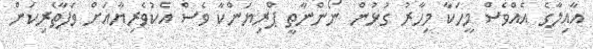
އާއިލާގެ އެއްވެސް މީހަކާ މިހާރު ގުޅުން ނޯންނާތީ ޕްރިޔަންކާ ވެސް އެކުވެރިޔާއަށް ވަފާތެރިކަން